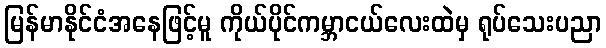
မြန်မာနိုင်ငံအနေဖြင့်မူ ကိုယ်ပိုင်ကမ္ဘာငယ်လေးထဲမှ ရုပ်သေးပညာ